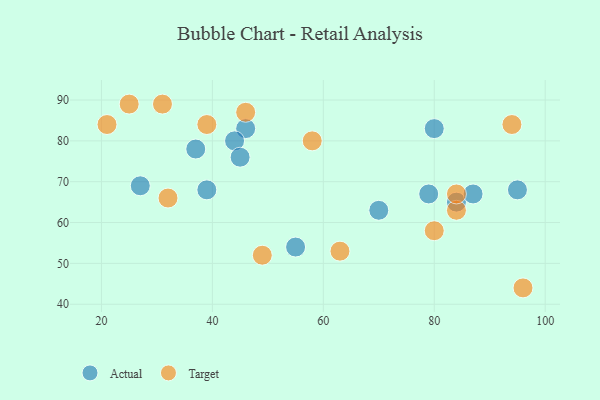
{"axis": {"x": "GDP", "y": "Life Expectancy"}, "legend": ["Actual", "Target"], "data": [{"x": "37", "y": 78, "type": "Actual"}, {"x": "70", "y": 63, "type": "Actual"}, {"x": "84", "y": 65, "type": "Actual"}, {"x": "39", "y": 68, "type": "Actual"}, {"x": "46", "y": 83, "type": "Actual"}, {"x": "80", "y": 83, "type": "Actual"}, {"x": "87", "y": 67, "type": "Actual"}, {"x": "95", "y": 68, "type": "Actual"}, {"x": "79", "y": 67, "type": "Actual"}, {"x": "27", "y": 69, "type": "Actual"}, {"x": "55", "y": 54, "type": "Actual"}, {"x": "44", "y": 80, "type": "Actual"}, {"x": "45", "y": 76, "type": "Actual"}, {"x": "84", "y": 63, "type": "Target"}, {"x": "80", "y": 58, "type": "Target"}, {"x": "49", "y": 52, "type": "Target"}, {"x": "39", "y": 84, "type": "Target"}, {"x": "21", "y": 84, "type": "Target"}, {"x": "58", "y": 80, "type": "Target"}, {"x": "25", "y": 89, "type": "Target"}, {"x": "94", "y": 84, "type": "Target"}, {"x": "31", "y": 89, "type": "Target"}, {"x": "84", "y": 67, "type": "Target"}, {"x": "63", "y": 53, "type": "Target"}, {"x": "46", "y": 87, "type": "Target"}, {"x": "96", "y": 44, "type": "Target"}, {"x": "32", "y": 66, "type": "Target"}]}